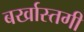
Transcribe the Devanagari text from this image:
बर्खास्‍तगी